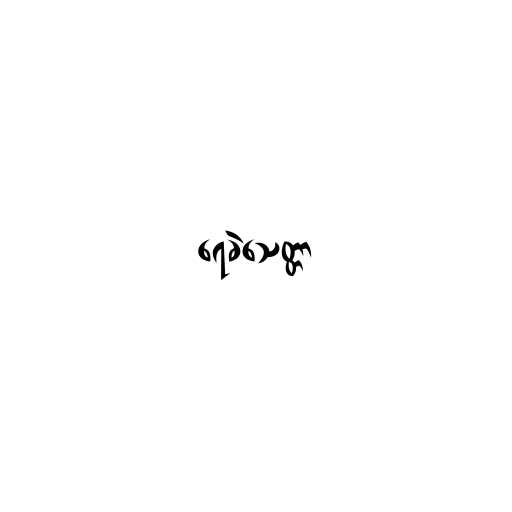
ရေခဲသေတ္တာ